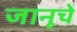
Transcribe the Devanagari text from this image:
जानूचे